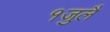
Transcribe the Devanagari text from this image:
१जुलै